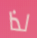
لذا